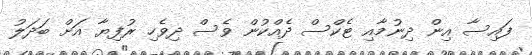
ފައިސާ އިން ދިނުމާއި ޓެކްސް ދެއްކުން ވެސް ދިވެހި ރުފިޔާ އަށް ބަދަލު